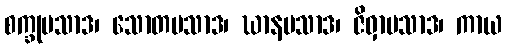
စက္ခုပသာဒ၊ သောတပသာဒ၊ ဃာနပသာဒ၊ ဇိဝှာပသာဒ၊ ကာယ